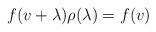
LaTeX: \begin{align*} f(v + \lambda) \rho(\lambda) = f(v)\end{align*}